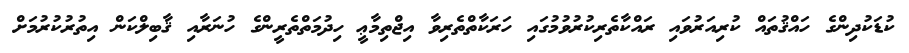
ކުޑަކުދިންގެ ހައްޤުތައް ކުރިއަރުވައި ރައްކާތެރިކުރުވުމުގައި ހަރަކާތްތެރިވާ އިޖްތިމާޢީ ހިދުމަތްތެރީންގެ ހުނަރާއި ޤާބިލްކަން އިތުރުކުރުމަށް